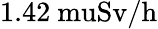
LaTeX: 1.42\mathrm{\ mu{Sv/h}}